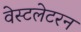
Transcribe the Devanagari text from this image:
वेस्टलेटरन